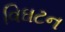
વિઘટન